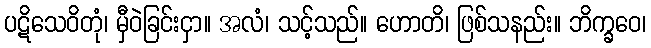
ပဋိသေဝိတုံ၊ မှီဝဲခြင်းငှာ။ အလံ၊ သင့်သည်။ ဟောတိ၊ ဖြစ်သနည်း။ ဘိက္ခဝေ၊